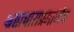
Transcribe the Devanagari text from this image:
भ्रष्टाचाराप्रमाणेच